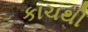
કાચથી